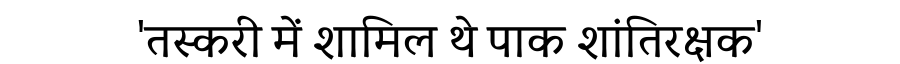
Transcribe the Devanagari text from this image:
'तस्करी में शामिल थे पाक शांतिरक्षक'